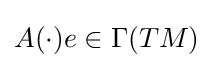
A(\cdot )e\in \Gamma (TM)